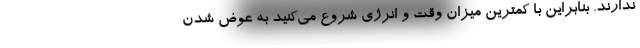
ندارند. بنابراین با کمترین میزان وقت و انرژی شروع می‌کنید به عوض شدن